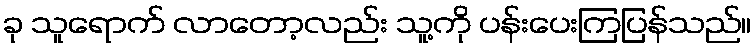
ခု သူရောက် လာတော့လည်း သူ့ကို ပန်းပေးကြပြန်သည်။